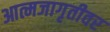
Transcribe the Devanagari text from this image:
आत्मजागृतीवर